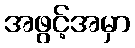
အဖွင့်အမှာ